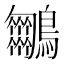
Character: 𪈵